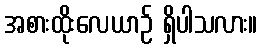
အစားထိုးလေယာဉ် ရှိပါသလား။